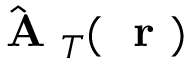
\hat { \mathrm { ~ \bf ~ A ~ } } _ { T } ( \mathrm { ~ \bf ~ r ~ } )